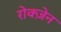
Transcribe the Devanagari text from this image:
रोक्ज़ेन